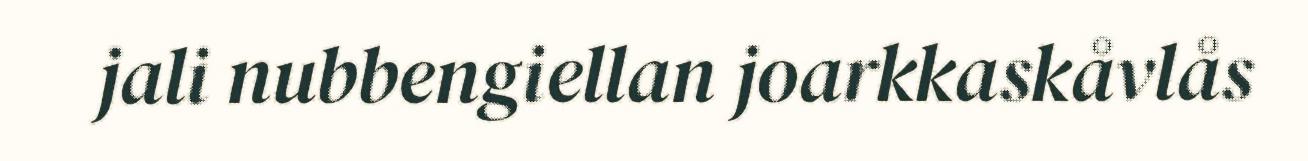
jali nubbengiellan joarkkaskåvlås